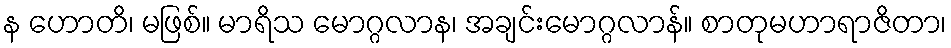
န ဟောတိ၊ မဖြစ်။ မာရိသ မောဂ္ဂလာန၊ အချင်းမောဂ္ဂလာန်။ စာတုမဟာရာဇိတာ၊